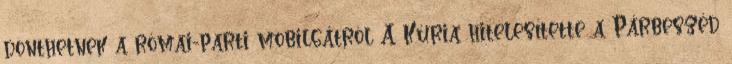
dönthetnek a római-parti mobilgátról A Kúria hitelesítette a Párbeszéd